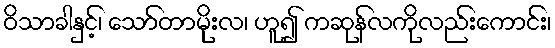
ဝိသာခါနှင့်၊ သော်တာမိုးလ၊ ဟူ၍ ကဆုန်လကိုလည်းကောင်း၊